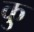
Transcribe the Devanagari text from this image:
कु़